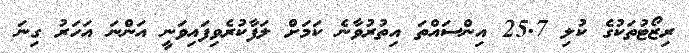
ރިޒޯޓުތަކުގެ ކުލި 25.7 އިންސައްތަ އިތުރުވާނެ ކަމަށް ލަފާކުރެވިފައިވަނީ އަންނަ އަހަރު ގިނަ